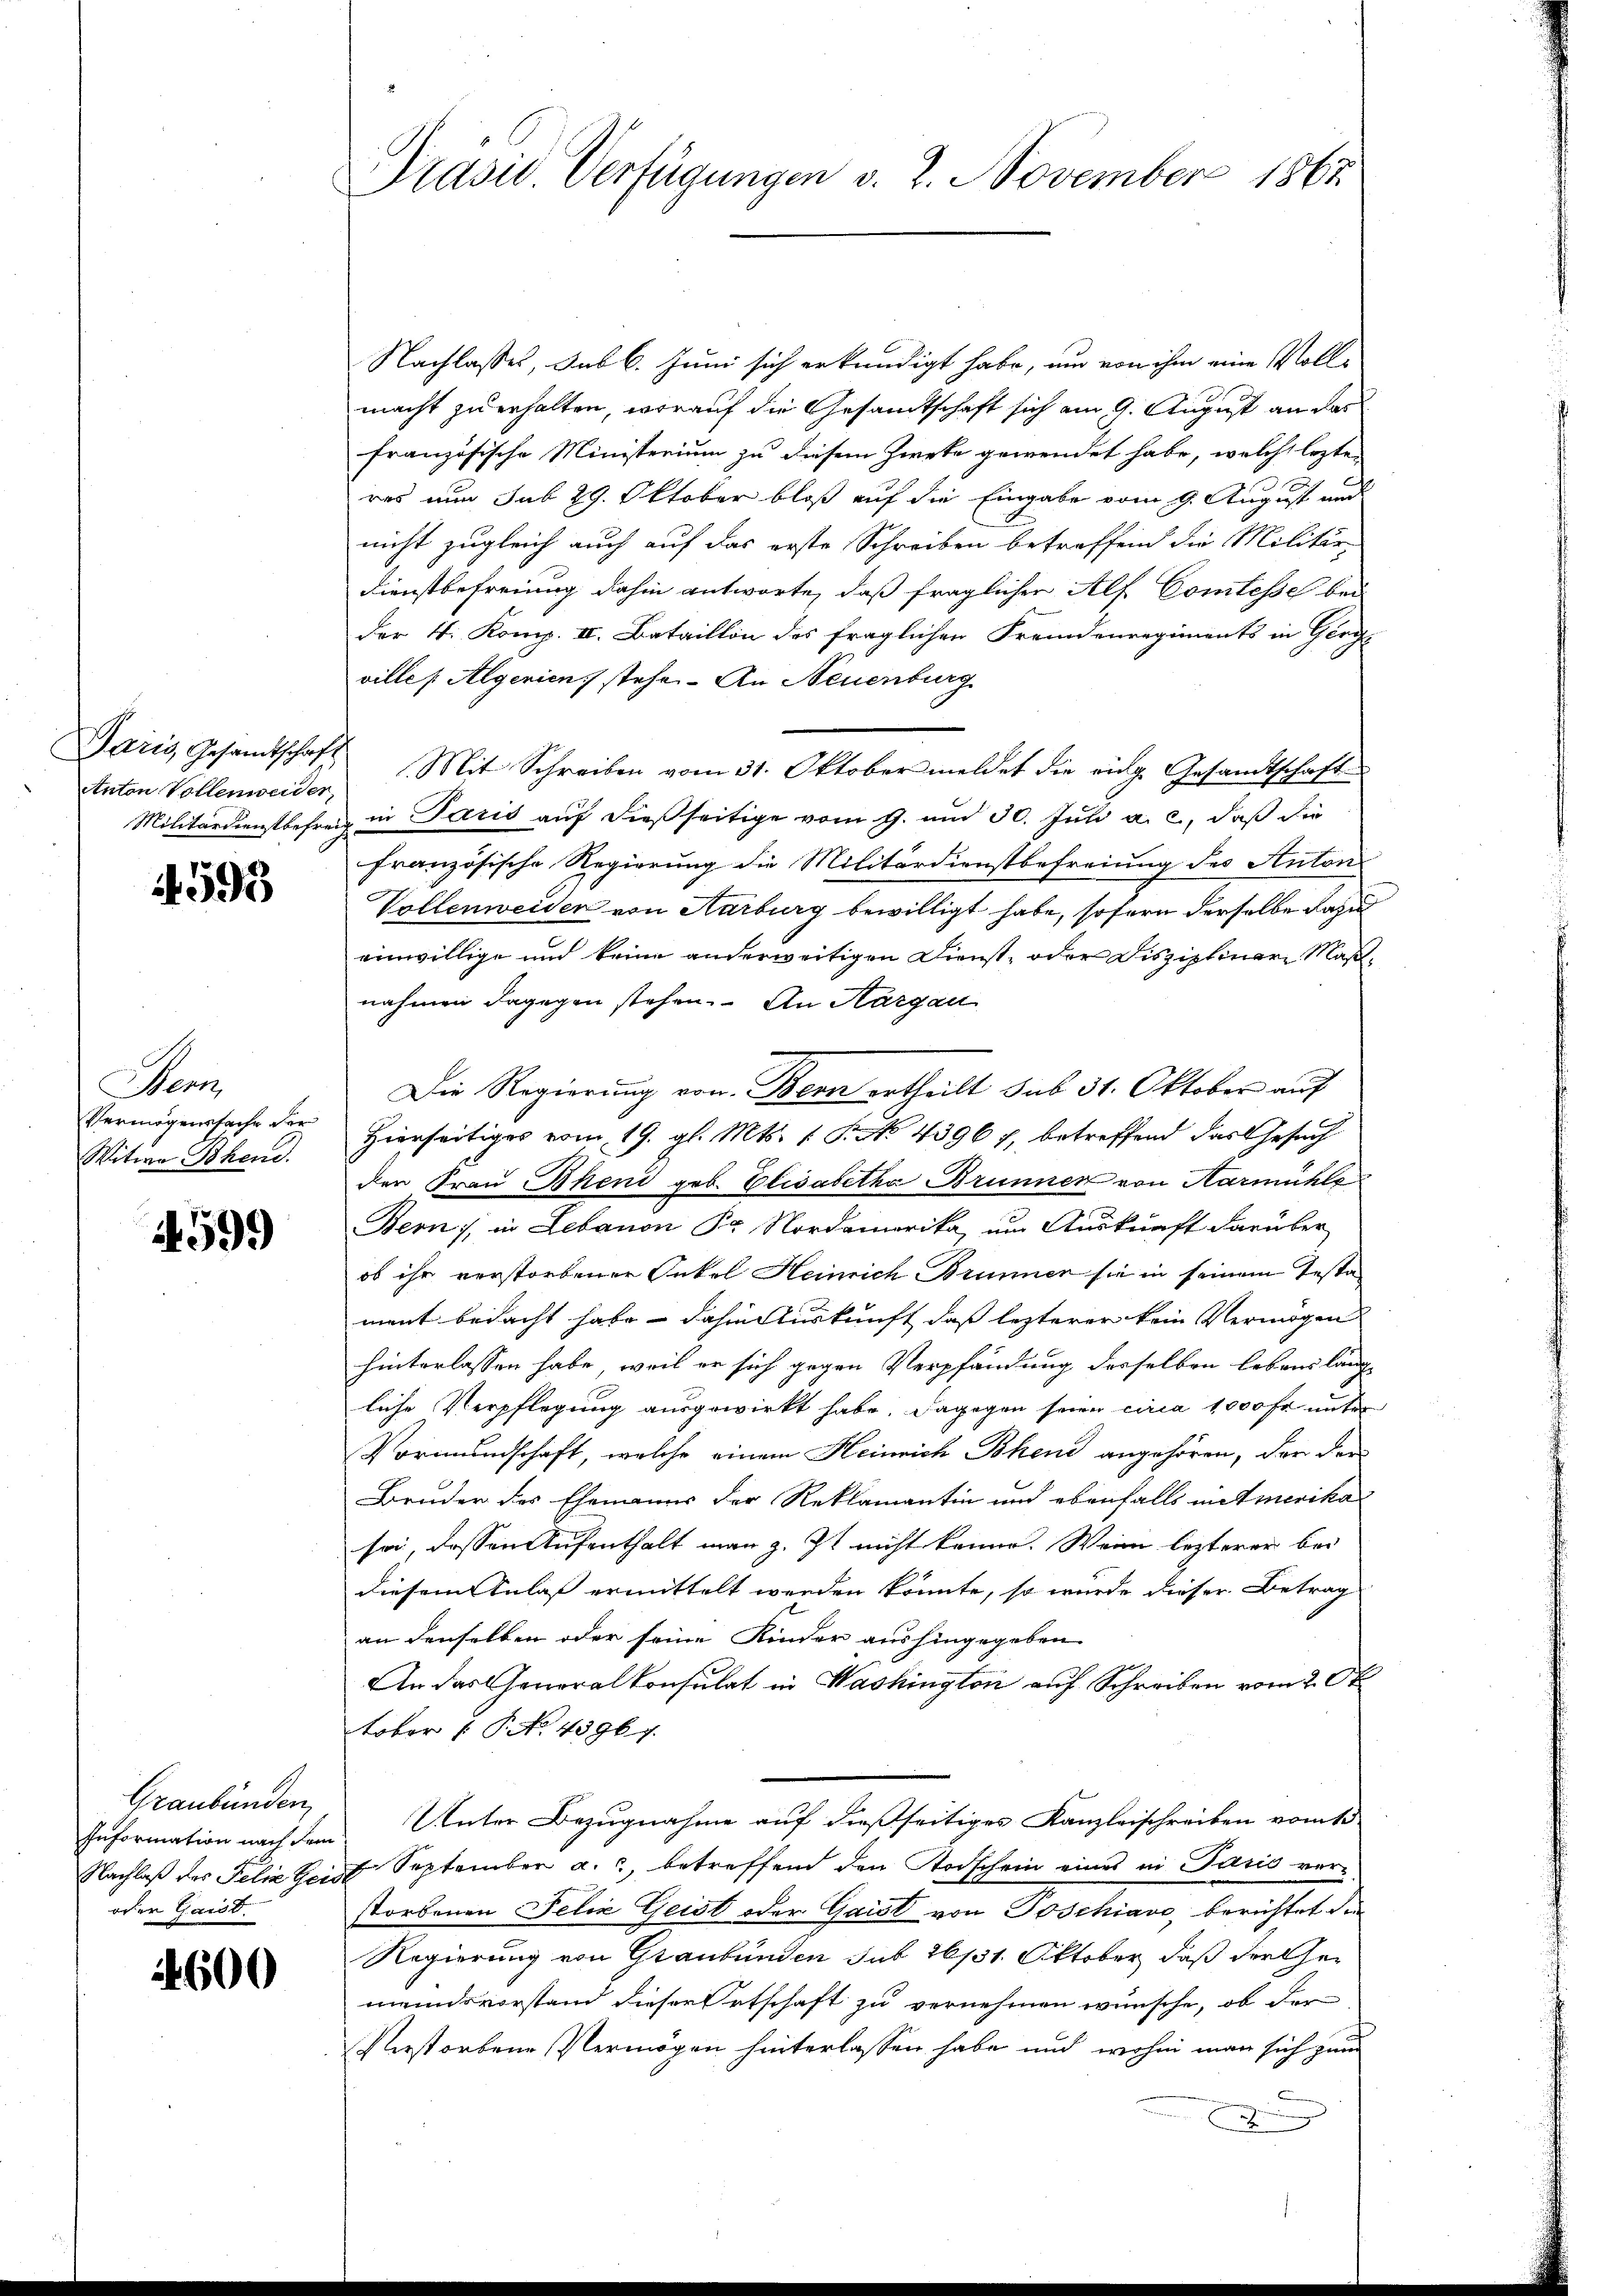
Anton Vollenweider,

593

Mann
Vermögenssache der
Witwe Bhen.

4599

Graubünden,
oder Gaisb

24600

Präsid. Verfügungen v. 2. November 1867.

Nachlasses, sub 6. Juni sich erkundigt habe, um von ihm eine Vollmacht zu erhalten, worauf die Gesamtschaft sich am 9. August an das
französische Ministerium zu diesem Zweke gewendet habe, welche lezten
res nun sub 29. Oktober bloß auf die Eingabe vom 9. August und
nicht zugleich auch auf das erste Schreiben betreffend die Militär-
Dienstbefreiung dahin antworte, daß fraglicher Alf Comtesse bei
der 4. Komp. II. Bataillon des fraglichen Fremdenregiments in Gerg-
ville (Algerien) stehe. An Neuenburg
Paris Gesamtschaft Mit Schreiben vom 31. Oktober meldet die eidg. Gesandtschaft
Militärdienstbehren in Paris auf dießseitige vom 9. und 30. Juli a. c., daß die
französische Regierung die Militärdienstbefreiung des Anton
Vollenweiden von Aarburg bewilligt habe, sofern derselbe dazu
einwillige und keine anderweitigen Dienst, oder Diszipliner Maßnahmen dagegen stehen. An Aargau
Die Regierung von Bern ertheilt sub 31. Oktober auf
Hierseitiges vom 19. gl. Mts. 1 S. No. 4396 7, betreffend das Gesuch
den Frau Bhend geb. Elisabetha Brunner von Harmühle
Bern, in Lebanon Dr Nordamerika, um Auskunft darüber
ob ihr verstorbenen Onkel Heinrich Brunner sie in seinem Testa
ment bedacht habe - dahin Auskunft daß lezterer kein Vermögen
hinterlassen habe, weil er sich gegen Verpfändung desselben lebens lang
liche Verpflegung ausgewirkt habe. Dagegen seien circa 1000 fr. unter
Vormundschaft, welche einem Heinrich Bhend angehören, der der
Bruder des Ehemanns der Reklamantin und ebenfalls mit merika
soi, dessen Aufenthalt man z. Zt. nicht kenne. Wenn lezterer bei
diesem Anlaß ermittelt werden könnte, so wurde dieser Betrag
an denselben oder seine Kinder aushingegeben
An das Generalkonsulat in Washington auf Schreiben vom 2. Oktober 7 P. No. 4396. 7.
Information nach dem Unter Bezugnahme auf dießseitiges Kanzleischreiben vom te
Nachlaß des Felix Geist September a., betreffend den Todschein eines in Paris ver-
storbenen Felix Geist oder Gaist von Toschiavo berichtet die
Regierung von Graubünden sub 26/31. Oktober, daß der Gemeindsvorstand dieser Ortschaft zu vernehmen wünsche, ob der
Verstorbene Vermögen hinterlassen habe und wohin man sich zum
s
9